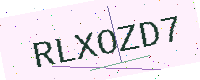
Text: RLXOZD7